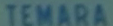
TEMARA